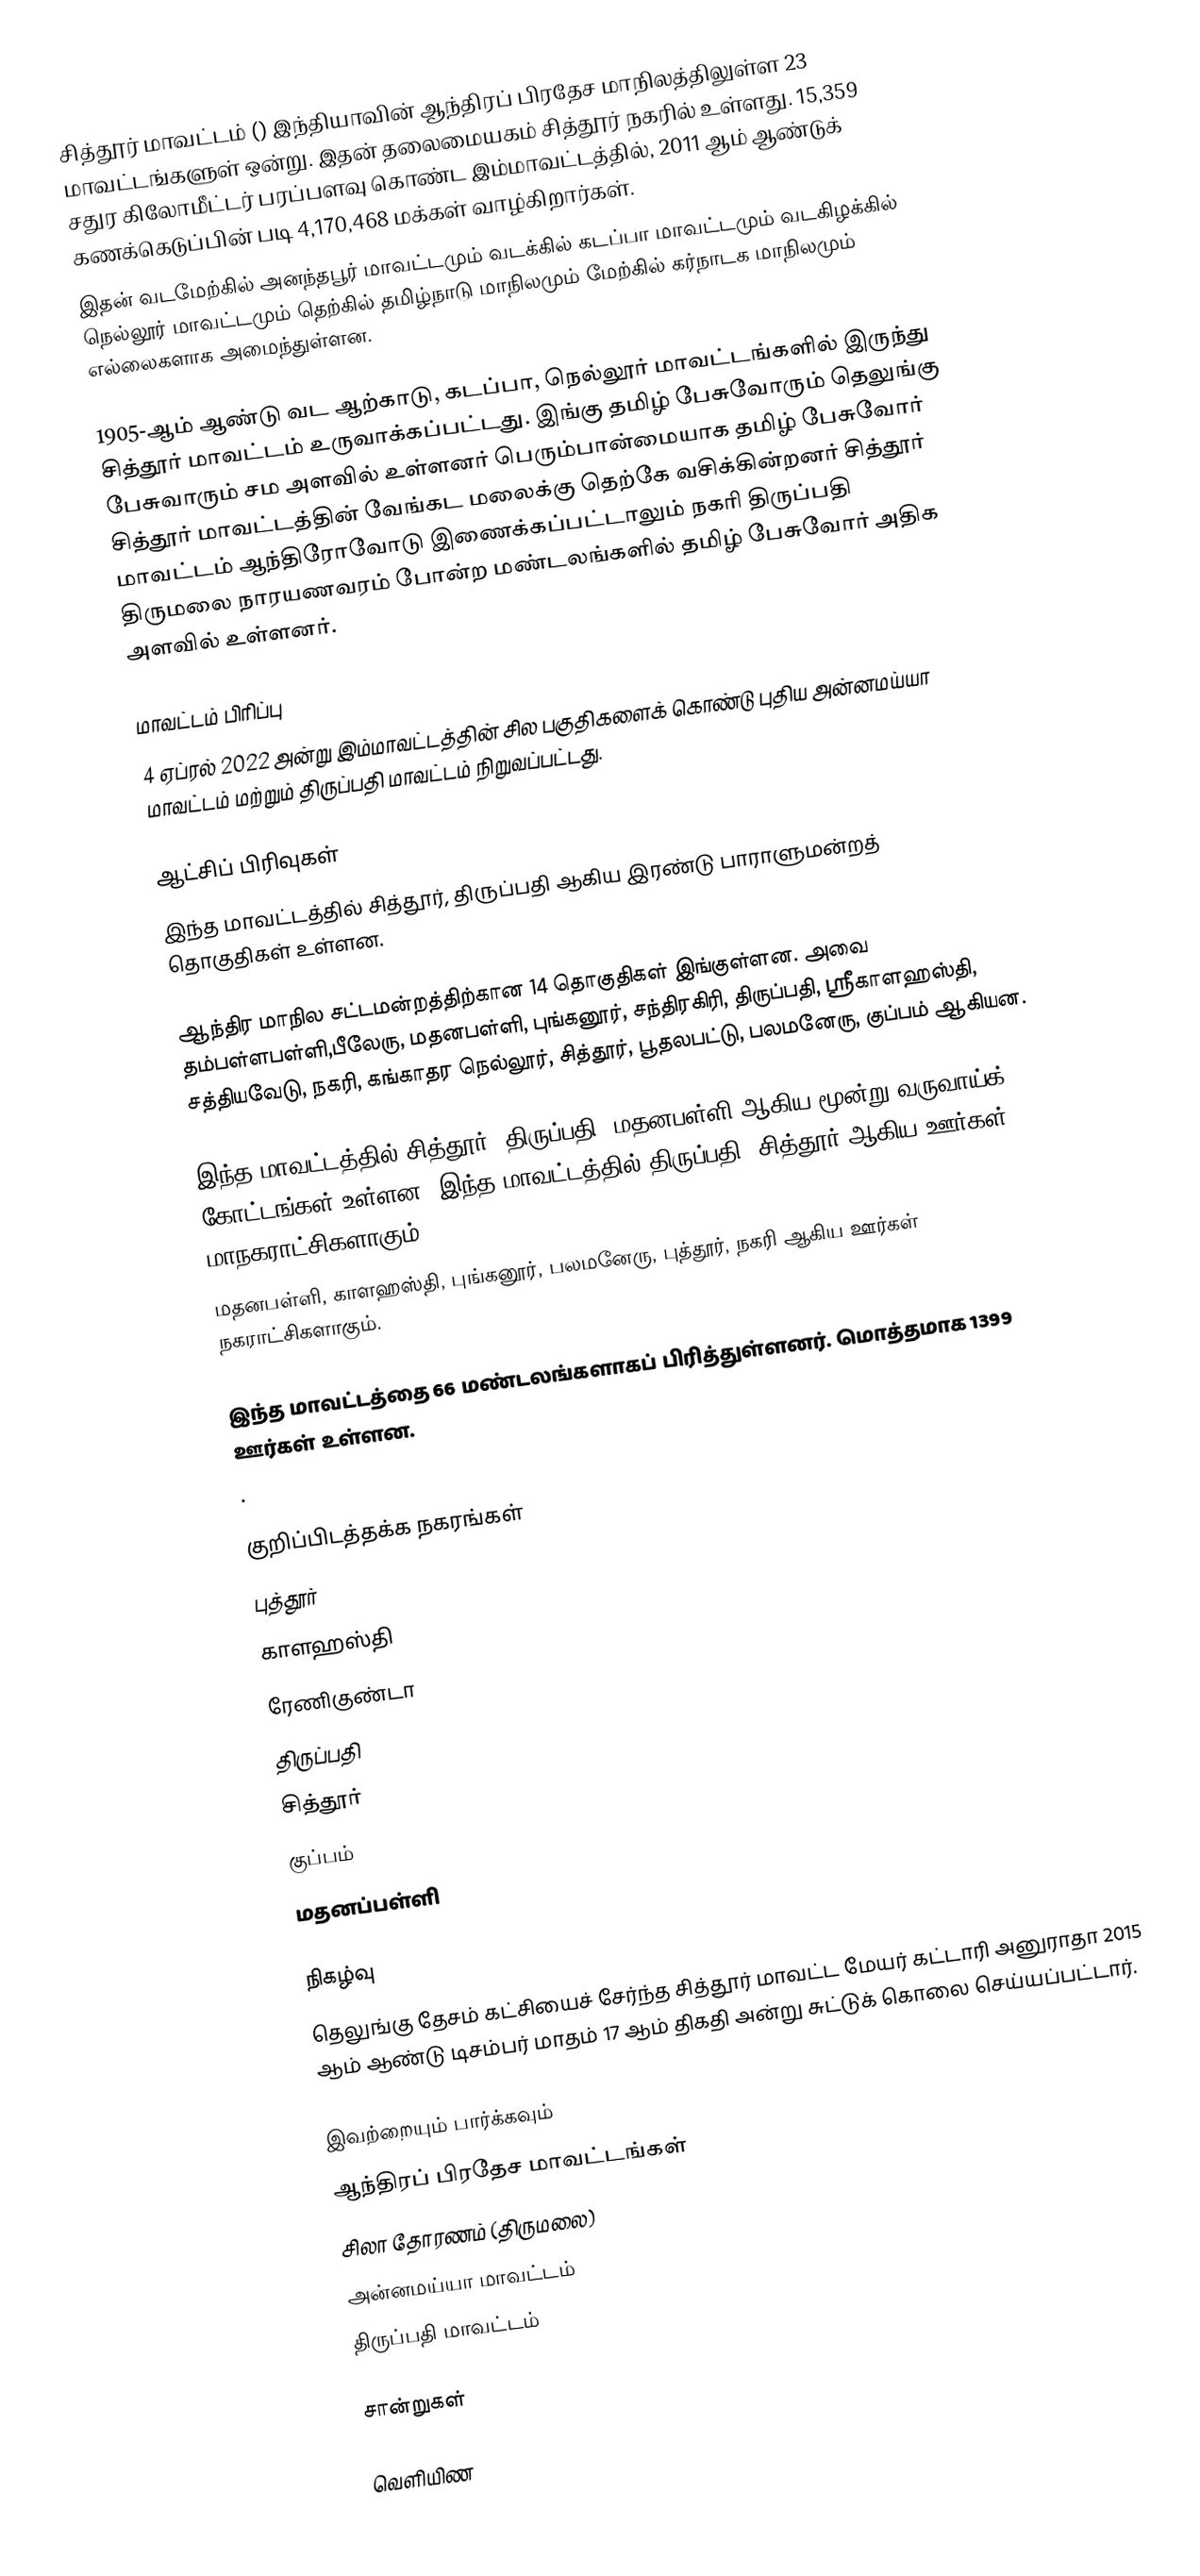
சித்தூர் மாவட்டம் () இந்தியாவின் ஆந்திரப் பிரதேச மாநிலத்திலுள்ள 23 மாவட்டங்களுள் ஒன்று. இதன் தலைமையகம் சித்தூர் நகரில் உள்ளது. 15,359 சதுர கிலோமீட்டர் பரப்பளவு கொண்ட இம்மாவட்டத்தில், 2011 ஆம் ஆண்டுக் கணக்கெடுப்பின் படி 4,170,468 மக்கள் வாழ்கிறார்கள்.
இதன் வடமேற்கில் அனந்தபூர் மாவட்டமும்  வடக்கில் கடப்பா மாவட்டமும் வடகிழக்கில் நெல்லூர் மாவட்டமும் தெற்கில் தமிழ்நாடு மாநிலமும் மேற்கில் கர்நாடக மாநிலமும் எல்லைகளாக அமைந்துள்ளன.

1905-ஆம் ஆண்டு வட ஆற்காடு, கடப்பா, நெல்லூர் மாவட்டங்களில் இருந்து சித்தூர் மாவட்டம் உருவாக்கப்பட்டது. இங்கு தமிழ் பேசுவோரும் தெலுங்கு பேசுவாரும் சம அளவில் உள்ளனர் பெரும்பான்மையாக தமிழ் பேசுவோர் சித்தூர் மாவட்டத்தின் வேங்கட மலைக்கு தெற்கே வசிக்கின்றனர் சித்தூர் மாவட்டம் ஆந்திரோவோடு இணைக்கப்பட்டாலும் நகரி திருப்பதி திருமலை நாரயணவரம் போன்ற மண்டலங்களில் தமிழ் பேசுவோர்  அதிக அளவில் உள்ளனர்.

மாவட்டம் பிரிப்பு
4 ஏப்ரல் 2022 அன்று இம்மாவட்டத்தின் சில பகுதிகளைக் கொண்டு புதிய அன்னமய்யா மாவட்டம் மற்றும் திருப்பதி மாவட்டம் நிறுவப்பட்டது.

ஆட்சிப் பிரிவுகள்
இந்த மாவட்டத்தில் சித்தூர், திருப்பதி ஆகிய இரண்டு பாராளுமன்றத் தொகுதிகள் உள்ளன.

ஆந்திர மாநில சட்டமன்றத்திற்கான 14 தொகுதிகள் இங்குள்ளன. அவை தம்பள்ளபள்ளி,பீலேரு, மதனபள்ளி, புங்கனூர், சந்திரகிரி, திருப்பதி, ஸ்ரீகாளஹஸ்தி, சத்தியவேடு, நகரி, கங்காதர நெல்லூர், சித்தூர், பூதலபட்டு, பலமனேரு, குப்பம் ஆகியன.

இந்த மாவட்டத்தில் சித்தூர், திருப்பதி, மதனபள்ளி ஆகிய மூன்று வருவாய்க் கோட்டங்கள் உள்ளன. இந்த மாவட்டத்தில் திருப்பதி, சித்தூர் ஆகிய ஊர்கள் மாநகராட்சிகளாகும்.
மதனபள்ளி, காளஹஸ்தி, புங்கனூர், பலமனேரு, புத்தூர், நகரி ஆகிய ஊர்கள் நகராட்சிகளாகும்.

இந்த மாவட்டத்தை 66 மண்டலங்களாகப் பிரித்துள்ளனர். மொத்தமாக 1399 ஊர்கள் உள்ளன.
.

குறிப்பிடத்தக்க நகரங்கள்
 புத்தூர்
 காளஹஸ்தி
 ரேணிகுண்டா
 திருப்பதி
 சித்தூர்
 குப்பம்
 மதனப்பள்ளி

நிகழ்வு
தெலுங்கு தேசம் கட்சியைச் சேர்ந்த சித்தூர் மாவட்ட மேயர் கட்டாரி அனுராதா 2015 ஆம் ஆண்டு டிசம்பர் மாதம் 17 ஆம் திகதி அன்று சுட்டுக் கொலை செய்யப்பட்டார்.

இவற்றையும் பார்க்கவும்
 ஆந்திரப் பிரதேச மாவட்டங்கள்
 சிலா தோரணம் (திருமலை)
 அன்னமய்யா மாவட்டம்
 திருப்பதி மாவட்டம்

சான்றுகள்

வெளியிண